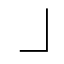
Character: ㇘